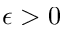
\epsilon > 0